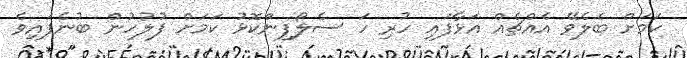
ކަމަށް ބެލެވޭ އެއްޗެއް އަޅާފައި ހުރި ހަ ސެލޯފިންކޮޅު ކަމަށް ފުލުހުން ބުނެފައިވެ